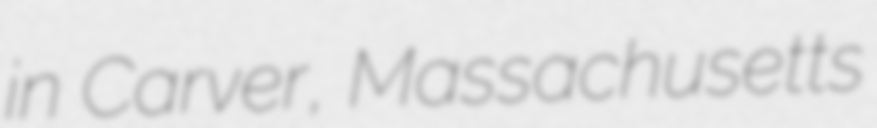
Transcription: in Carver, Massachusetts